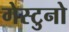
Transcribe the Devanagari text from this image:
गेस्टुनो